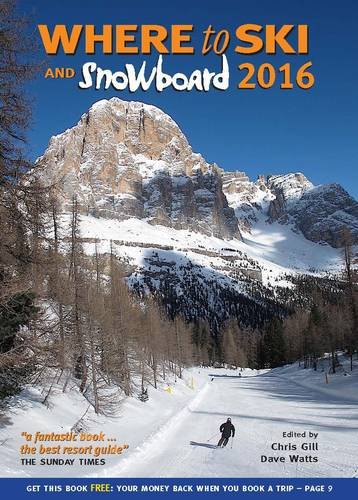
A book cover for Where to Ski & Snowboard 2016; Chris Gill; Sports & Outdoors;